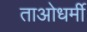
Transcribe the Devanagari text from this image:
ताओधर्मी